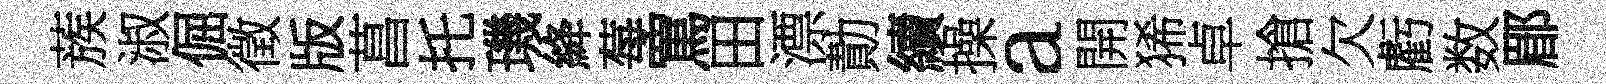
蔟淑倔徵版菖托璣絳莓罵田漂勣續操a開狶卓搶欠虧数郿